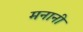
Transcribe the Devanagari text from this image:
मनानी